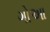
ગોઆ